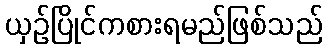
ယှဉ်ပြိုင်ကစားရမည်ဖြစ်သည်